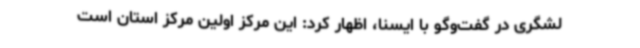
لشگری در گفت‌وگو با ایسنا، اظهار کرد: این مرکز اولین مرکز استان است